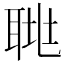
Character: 𦖅